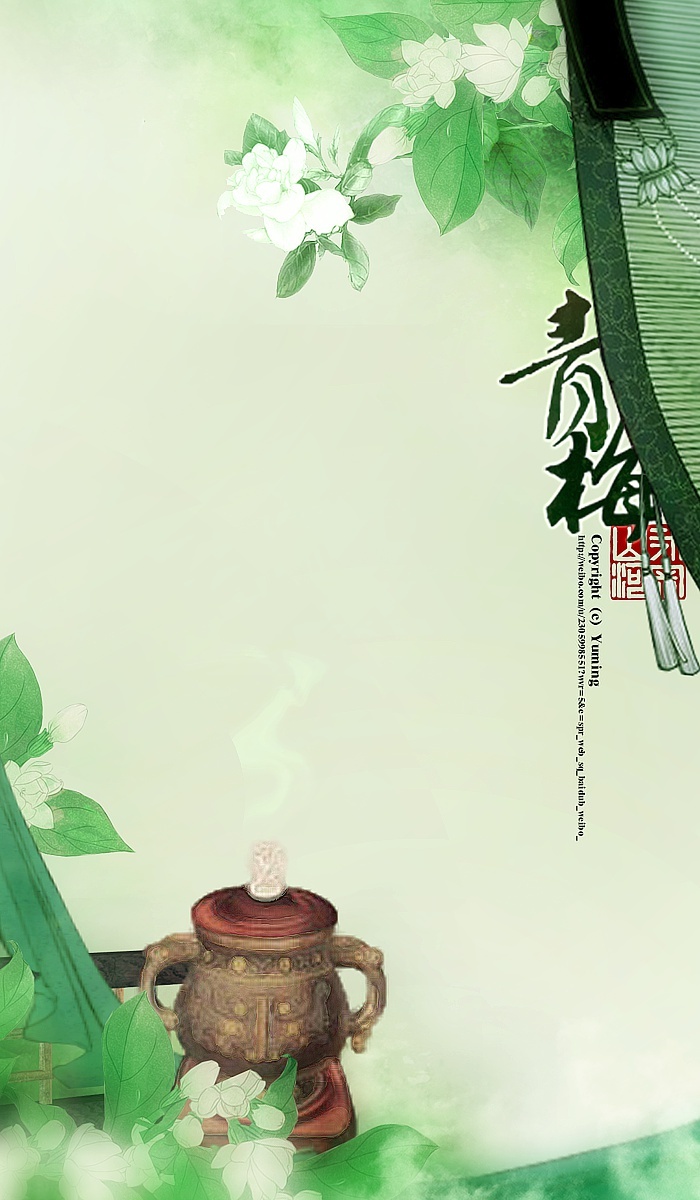
和羞走，倚门回首，却把青梅嗅。